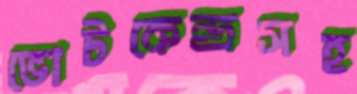
ভোটকেন্দ্রসহ